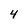
Character: 4